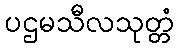
ပဌမသီလသုတ္တံ